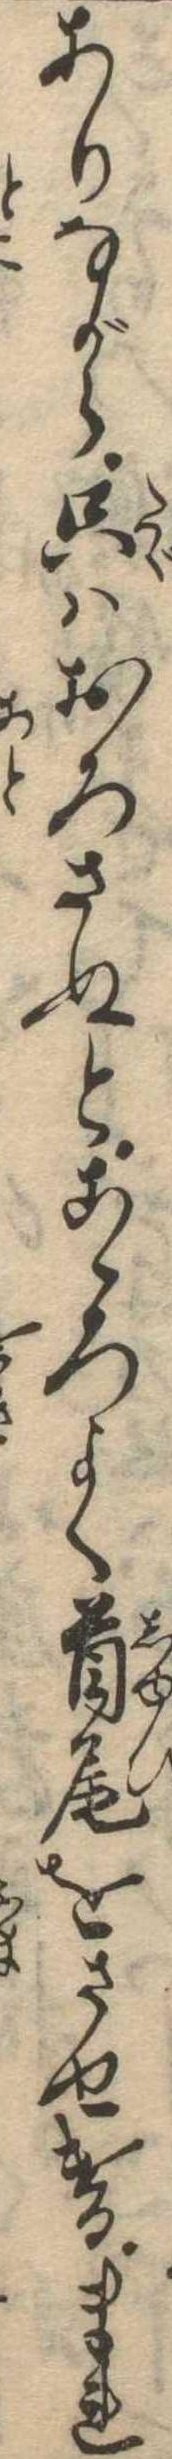
ありながら只はおろさぬとこゝろよく首尾をさせけるまれ